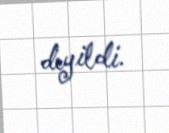
deyildi.